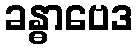
ခန္ဓာဗေဒ